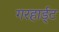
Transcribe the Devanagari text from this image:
गरहार्ड्‌ट